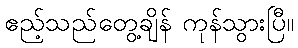
ဧည့်သည်တွေ့ချိန် ကုန်သွားပြီ။